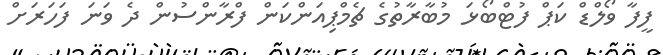
ފީފާ ވޯލްޑް ކަޕް ފުޓްބޯޅަ މުބާރާތުގެ ޗެމްޕިއަންކަން ފްރާންސުން ދެ ވަނަ ފަހަރަށް